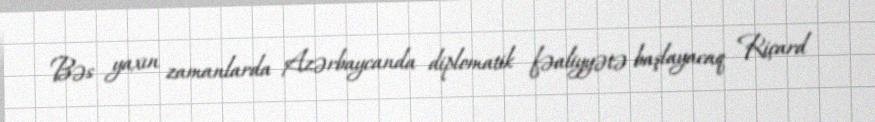
Bəs yaxın zamanlarda Azərbaycanda diplomatik fəaliyyətə başlayacaq Riçard